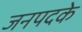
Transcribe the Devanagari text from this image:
जनपदके